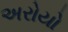
અરોયો